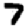
Digit: 7